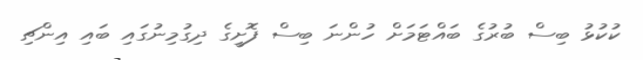
ކުކުޅު ބިސް ބުރުގެ ބައްޓަމަށް ހުންނަ ބިސް ފޮށީގެ ދިގުމިނުގައި ބައި އިންޗި